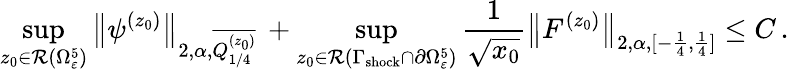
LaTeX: \operatorname*{sup}_{z_{0}\in\mathcal{R}(\Omega_{\varepsilon}^{5})}\big\| \psi^{(z_{0})}\big\| _{2,\alpha,\overline{{Q_{1/4}^{(z_{0})}}}}\, +\operatorname*{sup}_{z_{0}\in\mathcal{R}(\Gamma_{\mathrm{shock}}\cap\partial\Omega_{\varepsilon}^{5})}\frac{1}{\sqrt{x_{0}}}\big\| F^{(z_{0})}\big\| _{2,\alpha,[-\frac{1}{4},\frac{1}{4}]}\leq C\, .